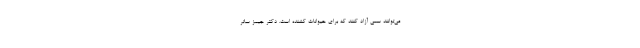
می‌توانند سمی آزاد کنند که برای حیوانات کشنده است. دکتر جیمز ساتر